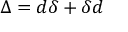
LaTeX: \Delta = d \delta + \delta d